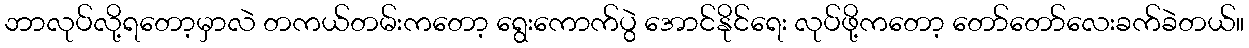
ဘာလုပ်လို့ရတော့မှာလဲ တကယ်တမ်းကတော့ ရွေးကောက်ပွဲ အောင်နိုင်ရေး လုပ်ဖို့ကတော့ တော်တော်လေးခက်ခဲတယ်။